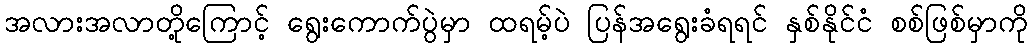
အလားအလာတို့ကြောင့် ရွေးကောက်ပွဲမှာ ထရမ့်ပဲ ပြန်အရွေးခံရရင် နှစ်နိုင်ငံ စစ်ဖြစ်မှာကို